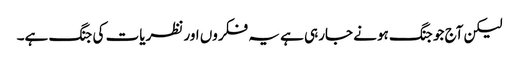
لیکن آج جو جنگ ہونے جارہی ہے یہ فکروں اور نظریات کی جنگ ہے۔